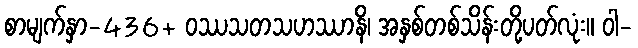
စာမျက်နှာ-436+ ဝဿသတသဟဿာနိ၊ အနှစ်တစ်သိန်းတို့ပတ်လုံး။ ဝါ-